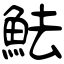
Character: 魼